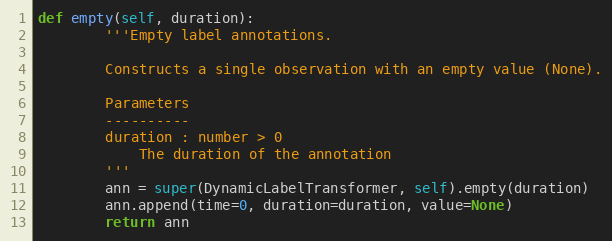
Language: Python
def empty(self, duration):
        '''Empty label annotations.

        Constructs a single observation with an empty value (None).

        Parameters
        ----------
        duration : number > 0
            The duration of the annotation
        '''
        ann = super(DynamicLabelTransformer, self).empty(duration)
        ann.append(time=0, duration=duration, value=None)
        return ann